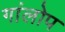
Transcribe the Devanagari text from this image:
गांलोप